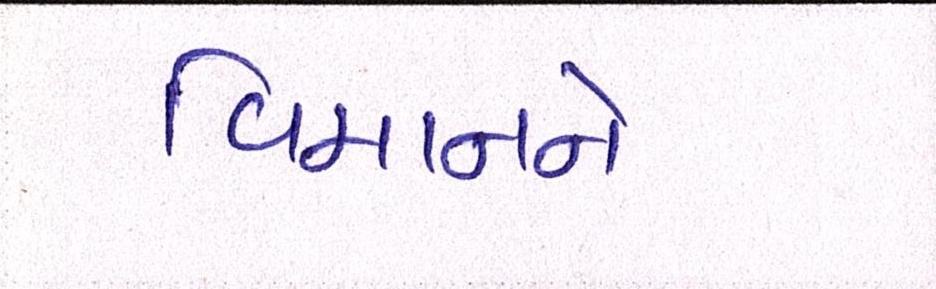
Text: વિમાનને